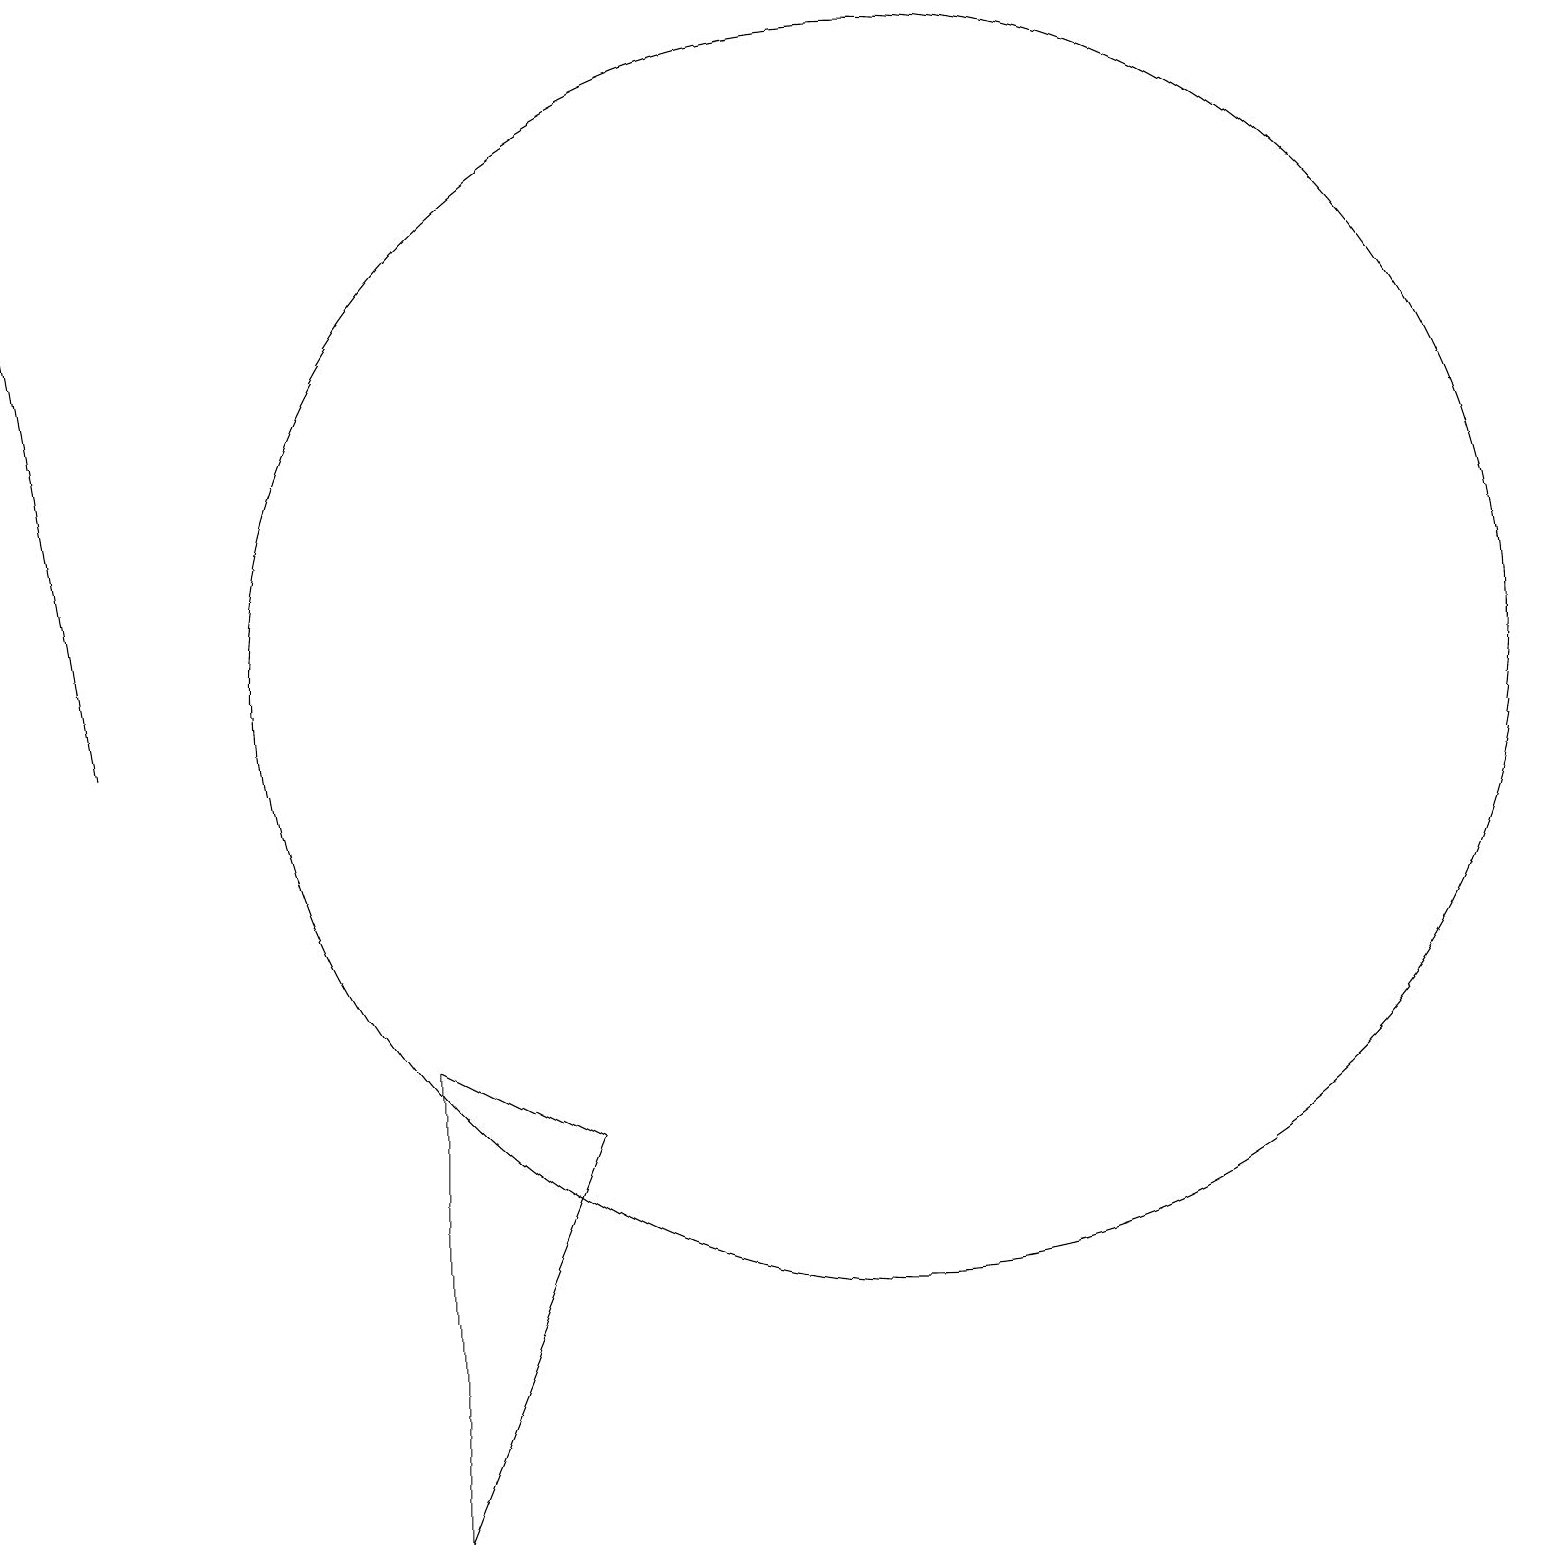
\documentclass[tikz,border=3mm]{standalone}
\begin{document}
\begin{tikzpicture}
\draw (7,5) -- (5,6) -- (5,0) -- cycle;
\draw[->] (1,10) -- (0,16);
\draw (10,11) circle (0);
\draw (11,11) circle (8);
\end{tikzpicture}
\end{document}